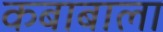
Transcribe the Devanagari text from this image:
कबाबाला